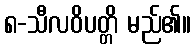
၈-သီလဝိပတ္တိ မည်၏။